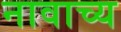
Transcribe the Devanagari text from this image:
नावाच्य